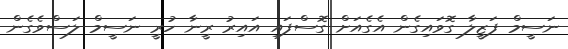
ނަސީމް ފަޒީލާ ގޮވައިގެން އެގެއަށް ގޮސްފައި އައިރު ރީނާ ހުރީ ނަސީމް ލަސްވެގެން